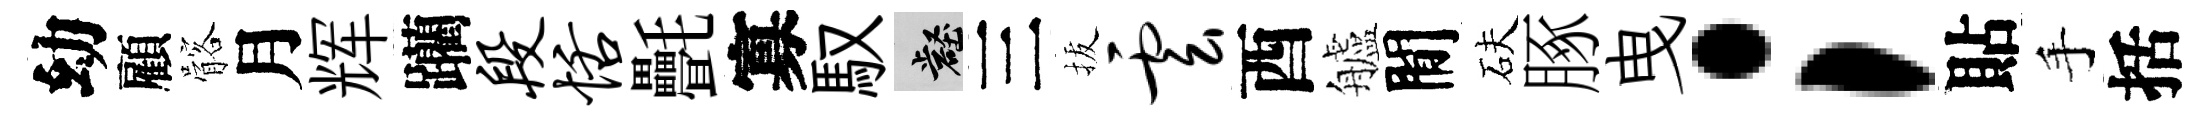
幼顧髂月辉躪段恬㲲寡馭壑三拔云酉艫閒砆䐁曳；貼手括